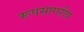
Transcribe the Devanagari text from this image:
रूपसागरीय